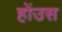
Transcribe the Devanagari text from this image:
होंउस